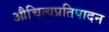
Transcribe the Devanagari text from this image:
औचित्यप्रतिपादन